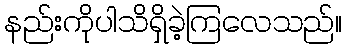
နည်းကိုပါသိရှိခဲ့ကြလေသည်။